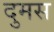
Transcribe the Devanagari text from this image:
दुमस